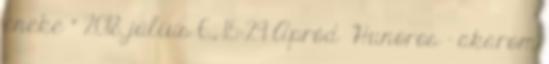
éneke ” 2018. július 6., 15:29 ‎Apród Hunoros - akarom